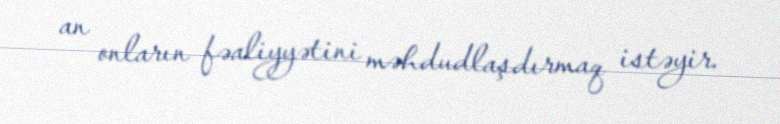
an onların fəaliyyətini məhdudlaşdırmaq istəyir.